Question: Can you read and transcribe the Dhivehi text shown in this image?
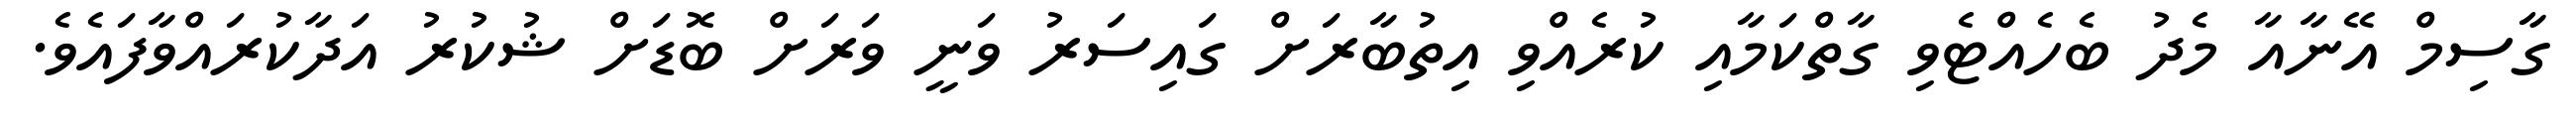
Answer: ގާސިމް އޭނާއާ މެދު ބެހެއްޓެވި ގާތްކަމާއި ކުރެއްވި އިތުބާރަށް ގައިސަރު ވަނީ ވަރަށް ބޮޑަށް ޝުކުރު އަދާކުރައްވާފައެވެ.